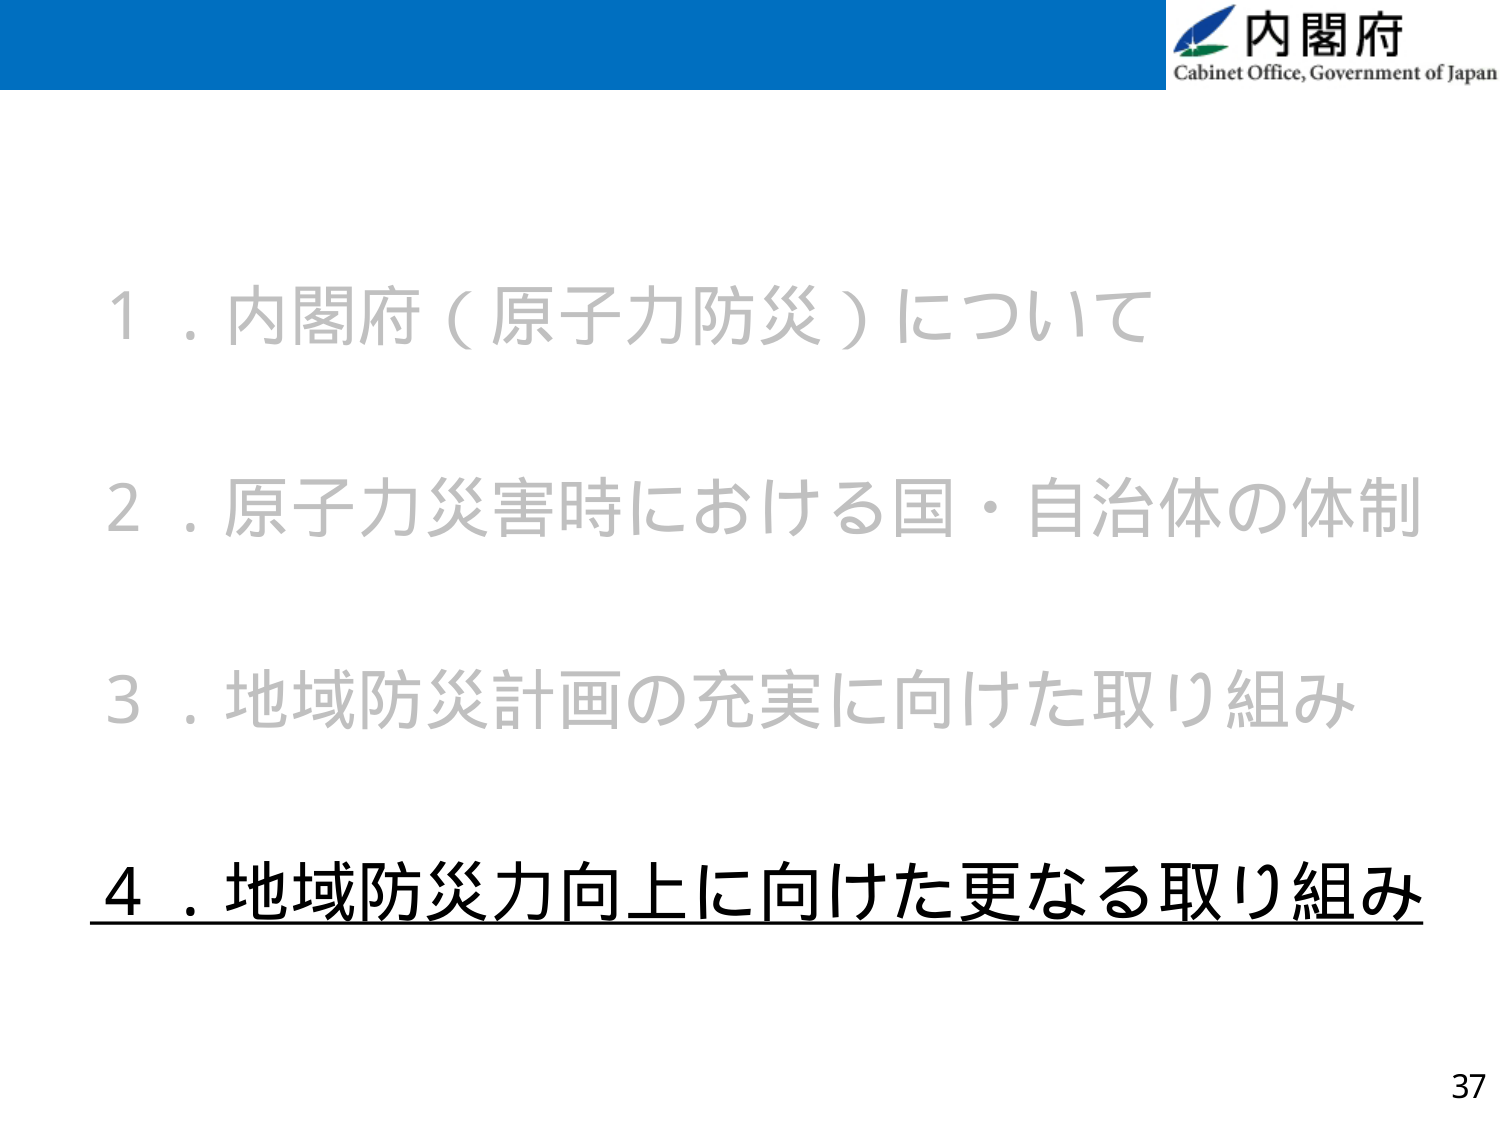
内閣府
Cabinet Office, Government of Japan

１．内閣府（原子力防災）について
２．原子力災害時における国・自治体の体制
３．地域防災計画の充実に向けた取り組み
４．地域防災力向上に向けた更なる取り組み

37